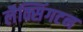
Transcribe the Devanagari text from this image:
लैक्सिंगटन